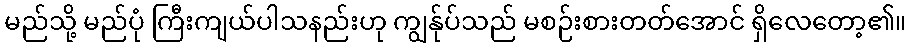
မည်သို့ မည်ပုံ ကြီးကျယ်ပါသနည်းဟု ကျွန်ုပ်သည် မစဉ်းစားတတ်အောင် ရှိလေတော့၏။